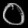
Digit: ၀